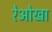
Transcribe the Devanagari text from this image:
रेओखा